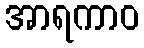
အာရကာဝ